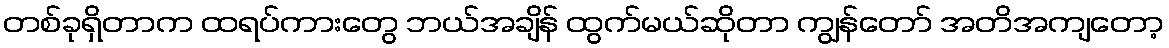
တစ်ခုရှိတာက ထရပ်ကားတွေ ဘယ်အချိန် ထွက်မယ်ဆိုတာ ကျွန်တော် အတိအကျတော့